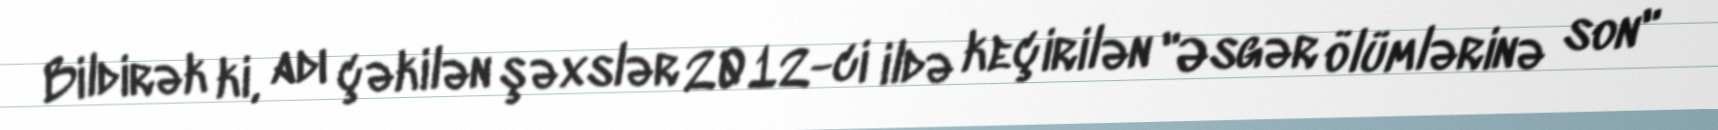
Bildirək ki, adı çəkilən şəxslər 2012-ci ildə keçirilən "Əsgər ölümlərinə son"